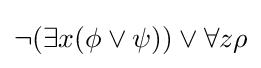
\neg (\exists x(\phi \lor \psi ))\lor \forall z\rho